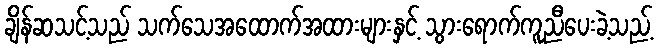
ချိန်ဆသင့်သည် သက်သေအထောက်အထားများနှင့် သွားရောက်ကူညီပေးခဲ့သည့်